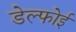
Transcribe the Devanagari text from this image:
डेल्फोई